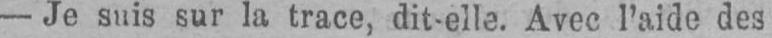
- Je suis sur la trace, dit-elle. Avec l’aide des